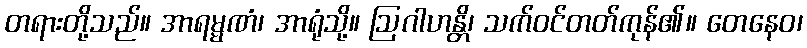
တရားတို့သည်။ အာရမ္မဏံ၊ အာရုံသို့။ ဩဂါဟန္တိ၊ သက်ဝင်တတ်ကုန်၏။ တေနေဝ၊